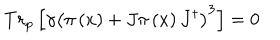
T r _ { p } \left[ \gamma \left( \pi \left( x \right) + J \pi \left( x \right) J ^ { \dagger } \right) ^ { 3 } \right] = 0